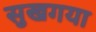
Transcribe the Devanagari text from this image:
सुखगया